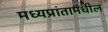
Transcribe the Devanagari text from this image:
मध्यप्रांतामधील